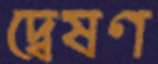
দ্বেষণ